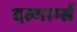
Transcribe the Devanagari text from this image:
दल्गार्म्स